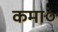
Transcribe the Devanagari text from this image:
कमा०